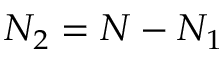
N _ { 2 } = N - N _ { 1 }